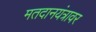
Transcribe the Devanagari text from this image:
मतदानयंत्रावर